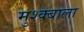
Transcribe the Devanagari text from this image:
मुश्क्बाला